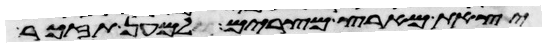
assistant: יצאת מארץ מצרים למען תזכר